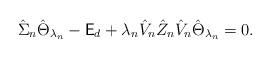
LaTeX: \begin{align*}\hat{\Sigma}_n\hat{\Theta}_{\lambda_n}-\mathsf{E}_d+\lambda_n \hat{ V}_n\hat{Z}_n\hat{ V}_n\hat{\Theta}_{\lambda_n}=0.\end{align*}